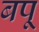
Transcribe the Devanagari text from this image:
बपू